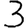
Digit: 3